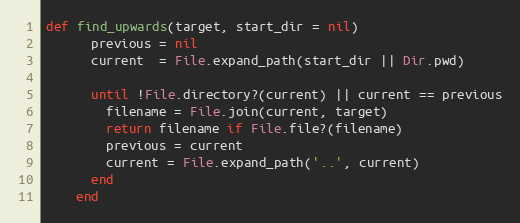
Language: Ruby
def find_upwards(target, start_dir = nil)
      previous = nil
      current  = File.expand_path(start_dir || Dir.pwd)

      until !File.directory?(current) || current == previous
        filename = File.join(current, target)
        return filename if File.file?(filename)
        previous = current
        current = File.expand_path('..', current)
      end
    end